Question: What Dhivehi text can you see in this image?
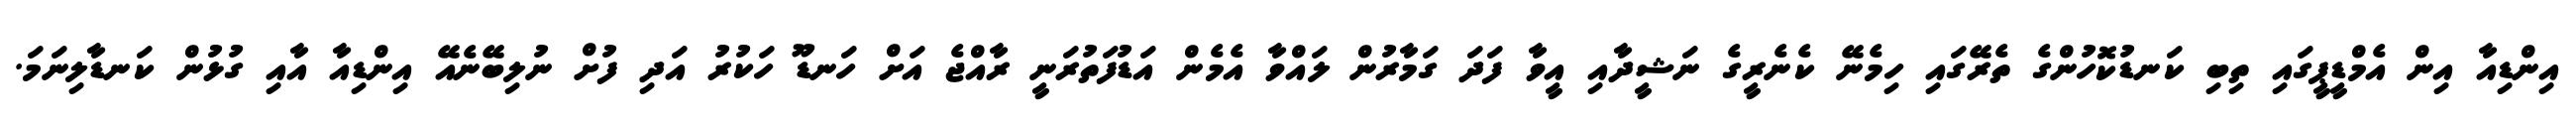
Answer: އިންޑިއާ އިން އެމްޑީޕީގައި ތިބި ކަނޑުކޮހުންގެ ތެރޭގައި ހިމެނޭ ކެނެރީގެ ނަޝީދާއި އީވާ ފަދަ ގަމާރުން ލައްވާ އެމެން އަޑުފަތުރަނީ ރާއްޖެ އަށް ހަނޑޫ ހަކުރު އަދި ފުށް ނުލިބޭނެއޭ އިންޑިއާ އާއި ގުޅުން ކަނޑާލިނަމަ.